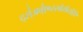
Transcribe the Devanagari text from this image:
द्स्॑अव्॑एव्स्स्वेर्सत्येरेरे